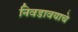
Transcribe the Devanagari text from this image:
निवडावयाचे